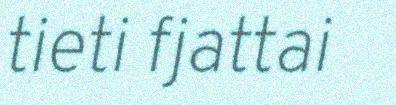
tieti fjattai